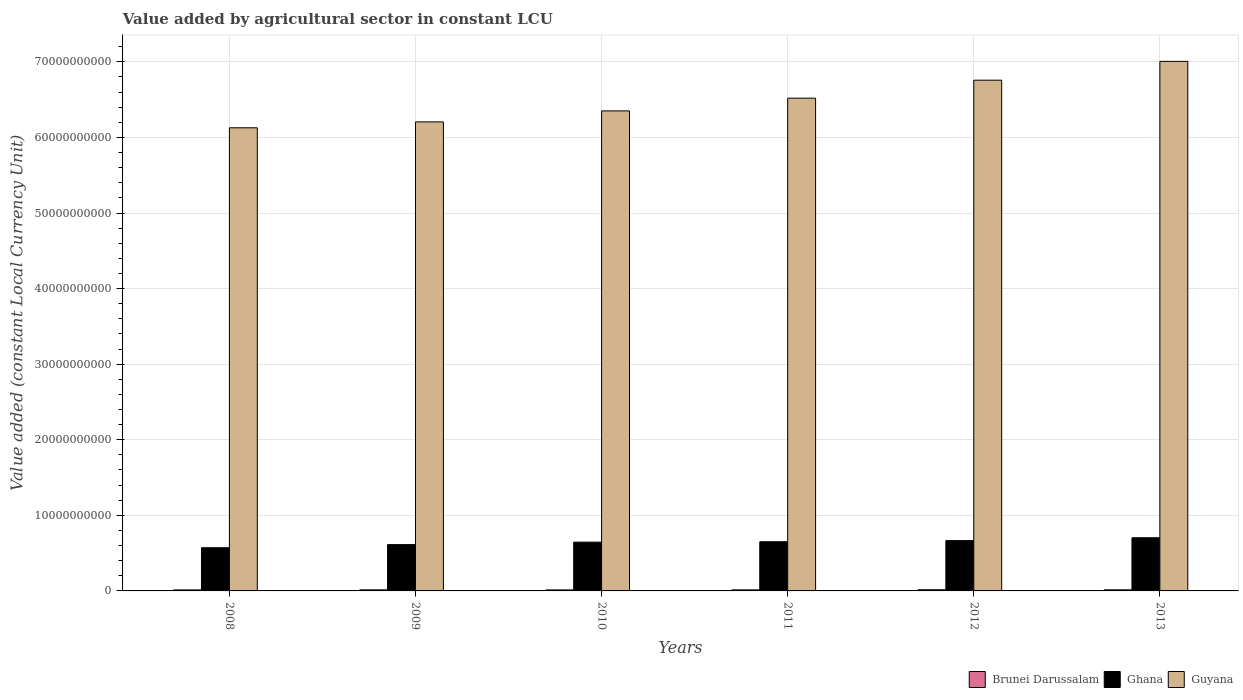
| Years | Brunei Darussalam | Ghana | Guyana |
 | --- | --- | --- | --- |
 | 2008 | 1.33e+08 | 5.72e+09 | 6.13e+10 |
 | 2009 | 1.41e+08 | 6.13e+09 | 6.21e+10 |
 | 2010 | 1.32e+08 | 6.45e+09 | 6.35e+10 |
 | 2011 | 1.38e+08 | 6.51e+09 | 6.52e+10 |
 | 2012 | 1.55e+08 | 6.66e+09 | 6.76e+10 |
 | 2013 | 1.45e+08 | 7.03e+09 | 7.01e+10 |